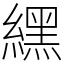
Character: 𦄿